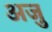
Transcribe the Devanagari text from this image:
अजु